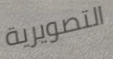
التصويرية